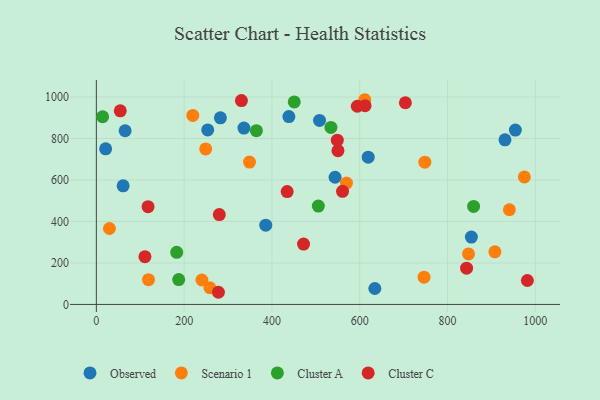
{"axis": {"x": "Experience", "y": "Exam Score"}, "legend": ["Cluster A", "Cluster C", "Observed", "Scenario 1"], "data": [{"x": "543.8", "y": 613.1, "type": "Observed"}, {"x": "930.9", "y": 793.7, "type": "Observed"}, {"x": "385.9", "y": 382.0, "type": "Observed"}, {"x": "634.4", "y": 76.9, "type": "Observed"}, {"x": "508.4", "y": 887.1, "type": "Observed"}, {"x": "438.6", "y": 905.9, "type": "Observed"}, {"x": "65.6", "y": 837.4, "type": "Observed"}, {"x": "61.0", "y": 572.1, "type": "Observed"}, {"x": "619.3", "y": 710.2, "type": "Observed"}, {"x": "253.7", "y": 841.6, "type": "Observed"}, {"x": "336.2", "y": 850.5, "type": "Observed"}, {"x": "954.5", "y": 840.9, "type": "Observed"}, {"x": "21.2", "y": 750.2, "type": "Observed"}, {"x": "854.3", "y": 324.7, "type": "Observed"}, {"x": "282.6", "y": 899.5, "type": "Observed"}, {"x": "611.4", "y": 987.0, "type": "Scenario 1"}, {"x": "29.8", "y": 366.0, "type": "Scenario 1"}, {"x": "975.0", "y": 614.9, "type": "Scenario 1"}, {"x": "219.7", "y": 911.3, "type": "Scenario 1"}, {"x": "249.1", "y": 750.0, "type": "Scenario 1"}, {"x": "348.9", "y": 686.6, "type": "Scenario 1"}, {"x": "940.9", "y": 456.6, "type": "Scenario 1"}, {"x": "907.9", "y": 253.8, "type": "Scenario 1"}, {"x": "258.6", "y": 80.3, "type": "Scenario 1"}, {"x": "240.4", "y": 117.7, "type": "Scenario 1"}, {"x": "847.9", "y": 243.5, "type": "Scenario 1"}, {"x": "748.4", "y": 685.9, "type": "Scenario 1"}, {"x": "118.8", "y": 119.2, "type": "Scenario 1"}, {"x": "746.5", "y": 131.6, "type": "Scenario 1"}, {"x": "569.8", "y": 585.2, "type": "Scenario 1"}, {"x": "534.4", "y": 853.4, "type": "Cluster A"}, {"x": "450.9", "y": 976.5, "type": "Cluster A"}, {"x": "14.3", "y": 904.8, "type": "Cluster A"}, {"x": "364.6", "y": 838.0, "type": "Cluster A"}, {"x": "505.7", "y": 474.0, "type": "Cluster A"}, {"x": "187.6", "y": 119.7, "type": "Cluster A"}, {"x": "859.4", "y": 472.6, "type": "Cluster A"}, {"x": "183.1", "y": 251.2, "type": "Cluster A"}, {"x": "110.7", "y": 230.1, "type": "Cluster C"}, {"x": "472.0", "y": 291.1, "type": "Cluster C"}, {"x": "54.5", "y": 933.6, "type": "Cluster C"}, {"x": "330.5", "y": 983.0, "type": "Cluster C"}, {"x": "434.7", "y": 544.1, "type": "Cluster C"}, {"x": "550.4", "y": 741.4, "type": "Cluster C"}, {"x": "843.4", "y": 174.9, "type": "Cluster C"}, {"x": "560.8", "y": 545.4, "type": "Cluster C"}, {"x": "117.8", "y": 471.3, "type": "Cluster C"}, {"x": "612.1", "y": 958.1, "type": "Cluster C"}, {"x": "280.1", "y": 433.1, "type": "Cluster C"}, {"x": "704.0", "y": 972.3, "type": "Cluster C"}, {"x": "981.9", "y": 115.4, "type": "Cluster C"}, {"x": "548.9", "y": 791.8, "type": "Cluster C"}, {"x": "594.5", "y": 955.6, "type": "Cluster C"}, {"x": "278.1", "y": 58.6, "type": "Cluster C"}]}